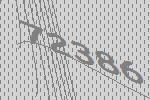
72386